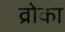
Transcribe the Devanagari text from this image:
व्रोका